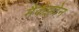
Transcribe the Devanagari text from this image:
मैकइवेन